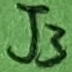
Text: J3